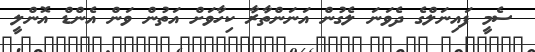
ސެމީ ފައިނަލްގެ ދެވަނަ ލެގުން އަނަންތާރާ ކިހާވަށް އަތުން ވަން އެންޑް އޮންލީ